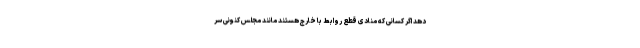
دهد اگر کسانی که منادی قطع روابط با خارج هستند مانند مجلس کنونی سر